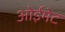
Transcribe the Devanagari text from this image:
ओईमेट